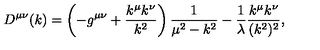
D ^ { \mu \nu } ( k ) = \left( - g ^ { \mu \nu } + \frac { k ^ { \mu } k ^ { \nu } } { k ^ { 2 } } \right) \frac { 1 } { \mu ^ { 2 } - k ^ { 2 } } - \frac { 1 } { \lambda } \frac { k ^ { \mu } k ^ { \nu } } { ( k ^ { 2 } ) ^ { 2 } } ,